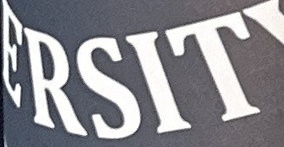
ERSIT